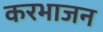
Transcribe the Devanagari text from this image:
करभाजन